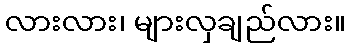
လားလား၊ များလှချည်လား။